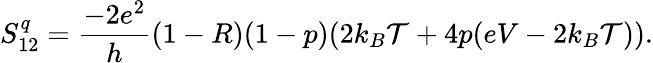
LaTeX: {S_{12}^{q}=\frac{-2e^{2}}{h}(1-R)(1-p)(2k_{B}\mathcal{T}+4p(eV-2k_{B}\mathcal{T}))}.